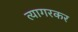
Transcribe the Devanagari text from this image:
त्यागरकर